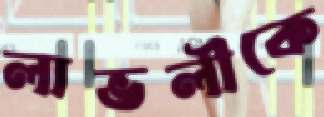
লাভলীকে